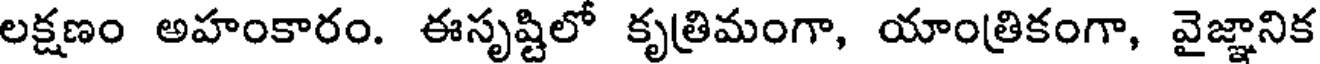
లక్షణం అహంకారం. ఈసృష్టిలో కృత్రిమంగా, యాంత్రికంగా, వైజ్ఞానిక